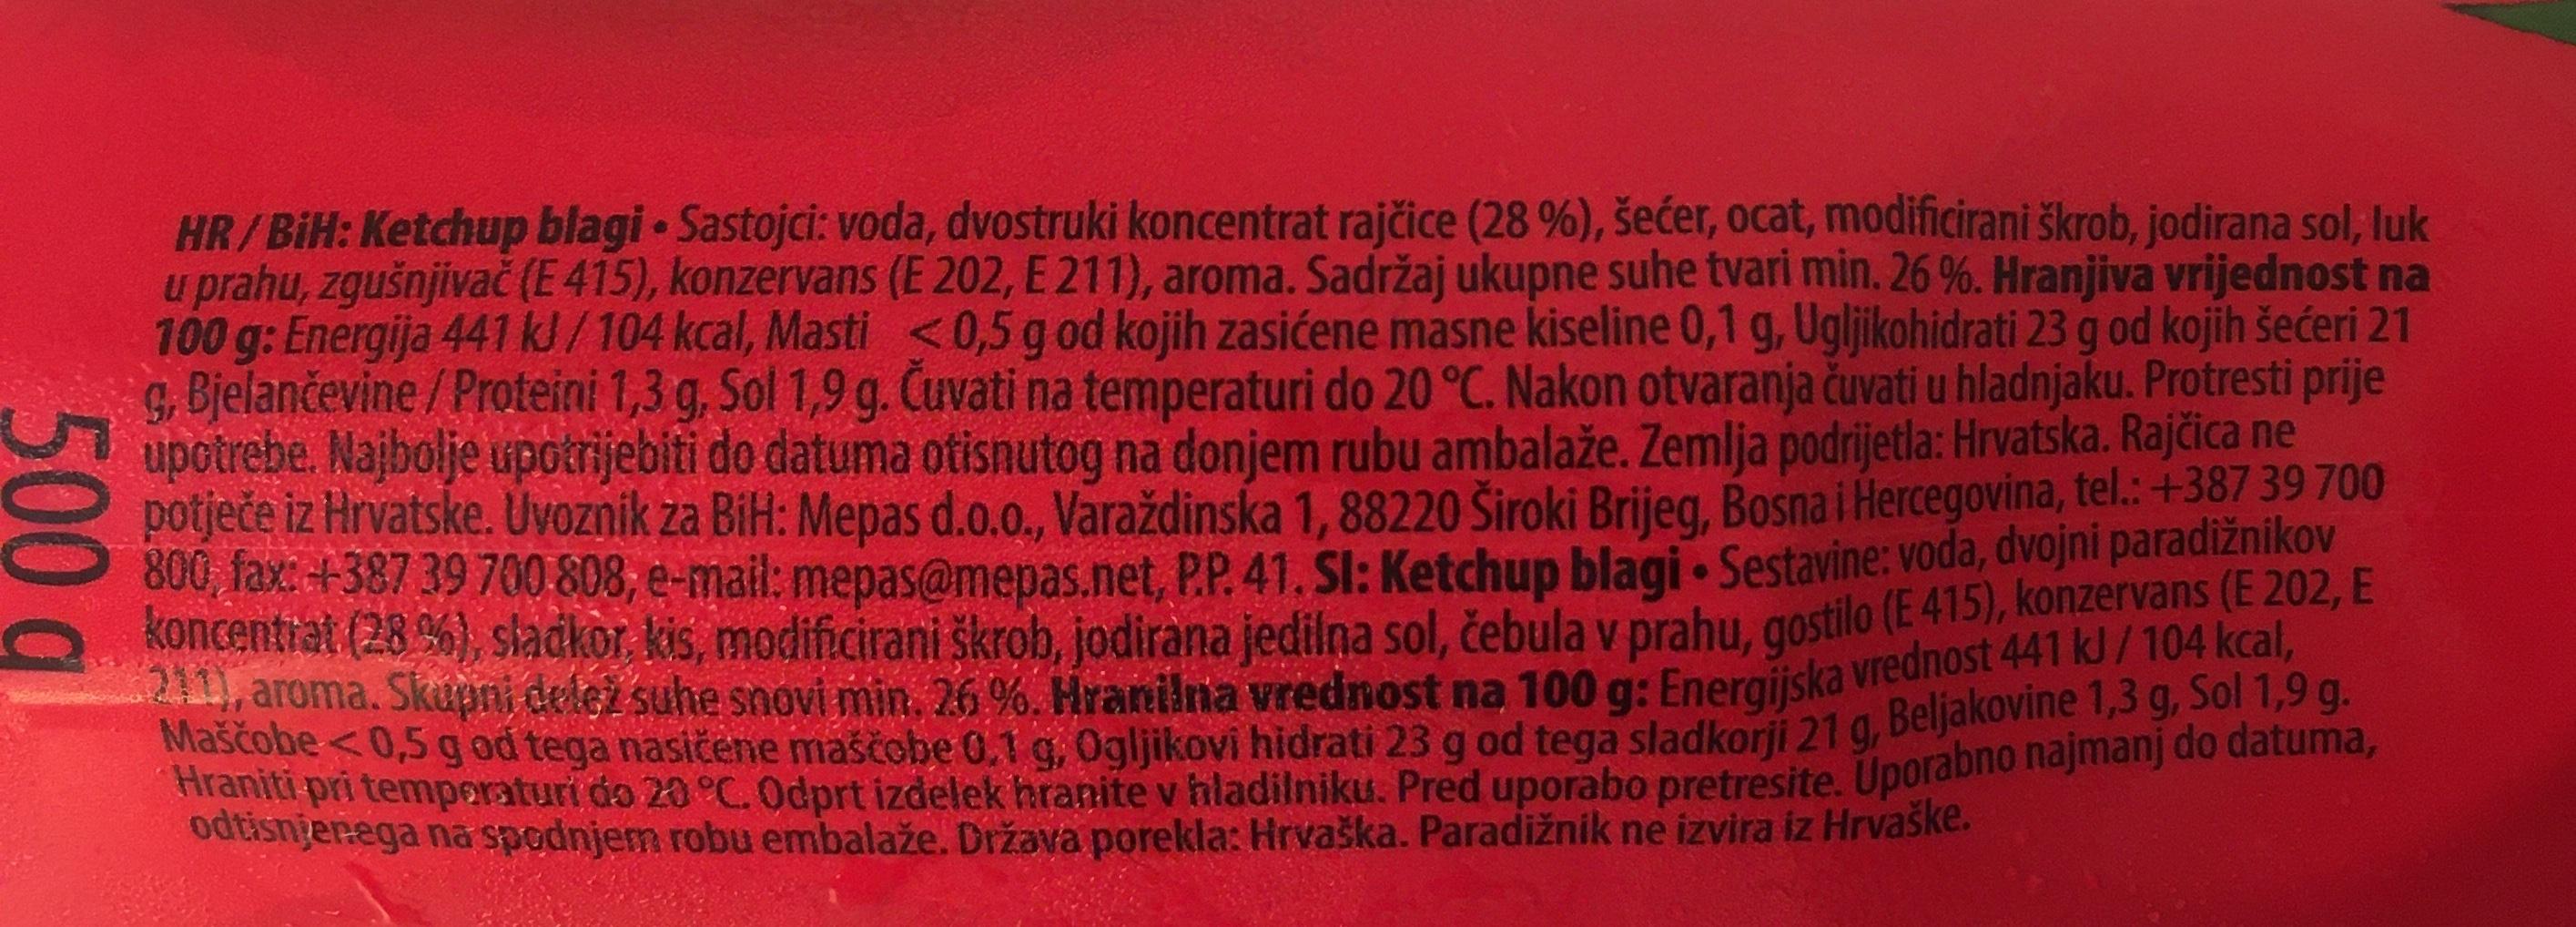
500
HR/BiH: Ketchup blagi. Sastojci: voda, dvostruki koncentrat rajčice (28 %), šećer, ocat, modificirani škrob, jodirana sol, luk u prahu, zgušnjivač (E415), konzervans (E 202, E 211), aroma. Sadržaj ukupne suhe tvari min. 26%. Hranjiva vrijednost na 100 g: Energija 441 kJ/ 104 kcal, Masti <0,5 g od kojih zasićene masne kiseline 0,1 g, Ugljikohidrati 23 g od kojih šećeri 21 g, Bjelančevine / Proteini 1,3 g, Sol 1,9 g. Čuvati na temperaturi do 20 °C. Nakon otvaranja čuvati u hladnjaku. Protresti prije upotrebe. Najbolje upotrijebiti do datuma otisnutog na donjem rubu ambalaže. Zemlja podrijetla: Hrvatska. Rajčica ne potječe iz Hrvatske. Uvoznik za BiH: Mepas d.o.o., Varaždinska 1, 88220 Široki Brijeg, Bosna i Hercegovina, tel.: +387 39 700 800 fax: +387 39 700 808, e-mail: mepas@mepas.net, P.P. 41. Sl: Ketchup blagi. Sestavine: voda, dvojni paradižnikov koncentrat (28 %), sladkor, kis, modificirani škrob, jodirana jedilna sol, čebula v prahu, gostilo (E 415), konzervans (E 202, E 211), aroma. Skupni delež suhe snovi min. 26 %. Hranilna vrednost na 100 g: Energijska vrednost 441 kJ/ 104 kcal, Maščobe <0,5 g od tega nasičene maščobe 0.1 g, Ogljikovi hidrati 23 g od tega sladkorji 21 g, Beljakovine 1,3 g, Sol 1,9 g. Hraniti pri temperaturi do 20 °C. Odprt izdelek hranite v hladilniku. Pred uporabo pretresite. Uporabno najmanj do datuma,
odtisnjenega na spodnjem robu embalaže. Država porekla: Hrvaška. Paradižnik ne izvira iz Hrvaške.
YALA